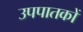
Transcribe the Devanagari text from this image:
उपपातकों